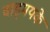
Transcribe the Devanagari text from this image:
वाड्मयके